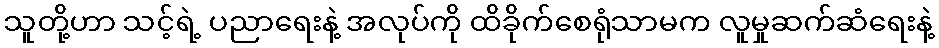
သူတို့ဟာ သင့်ရဲ့ ပညာရေးနဲ့ အလုပ်ကို ထိခိုက်စေရုံသာမက လူမှုဆက်ဆံရေးနဲ့